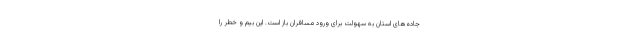
جاده‌های استان به سهولت برای ورود مسافران باز است. این بیم و خطر را